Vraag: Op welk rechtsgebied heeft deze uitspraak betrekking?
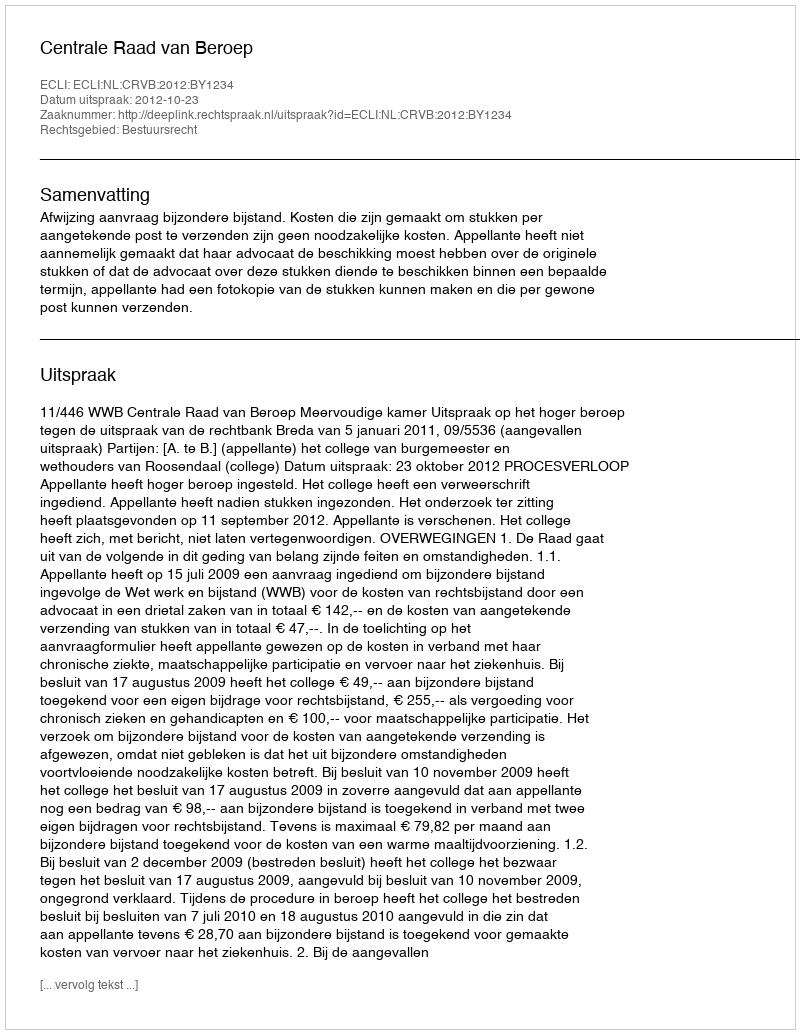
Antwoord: Bestuursrecht